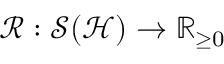
\mathcal { R } : \mathcal { S } ( \mathcal { H } ) \rightarrow \mathbb { R } _ { \ge 0 }